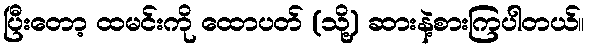
ပြီးတော့ ထမင်းကို ထောပတ် (သို့) ဆားနဲ့စားကြပါတယ်။